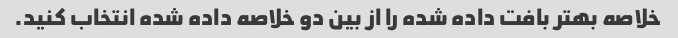
خلاصه بهتر بافت داده شده را از بین دو خلاصه داده شده انتخاب کنید.